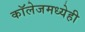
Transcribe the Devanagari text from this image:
काॅलेजमध्येही